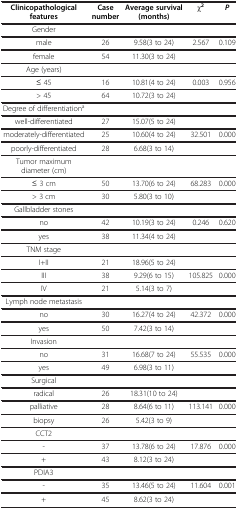
<table><thead><tr><td><b>Clinicopathological features</b></td><td><b>Case number</b></td><td><b>Average survival (months)</b></td><td><b>χ<sup>2</sup></b></td><td><b><i>P</i></b></td></tr></thead><tbody><tr><td>Gender</td><td> </td><td> </td><td> </td><td> </td></tr><tr><td>male</td><td>26</td><td>9.58(3 to 24)</td><td>2.567</td><td>0.109</td></tr><tr><td>female</td><td>54</td><td>11.30(3 to 24)</td><td> </td><td> </td></tr><tr><td>Age (years)</td><td> </td><td> </td><td> </td><td> </td></tr><tr><td>≤ 45</td><td>16</td><td>10.81(4 to 24)</td><td>0.003</td><td>0.956</td></tr><tr><td>&gt; 45</td><td>64</td><td>10.72(3 to 24)</td><td> </td><td> </td></tr><tr><td>Degree of differentiation<sup>a</sup></td><td> </td><td> </td><td> </td><td> </td></tr><tr><td>well-differentiated</td><td>27</td><td>15.07(5 to 24)</td><td> </td><td> </td></tr><tr><td>moderately-differentiated</td><td>25</td><td>10.60(4 to 24)</td><td>32.501</td><td>0.000</td></tr><tr><td>poorly-differentiated</td><td>28</td><td>6.68(3 to 14)</td><td> </td><td> </td></tr><tr><td>Tumor maximum diameter (cm)</td><td> </td><td> </td><td> </td><td> </td></tr><tr><td>≤ 3 cm</td><td>50</td><td>13.70(6 to 24)</td><td>68.283</td><td>0.000</td></tr><tr><td>&gt; 3 cm</td><td>30</td><td>5.80(3 to 10)</td><td> </td><td> </td></tr><tr><td>Gallbladder stones</td><td> </td><td> </td><td> </td><td> </td></tr><tr><td>no</td><td>42</td><td>10.19(3 to 24)</td><td>0.246</td><td>0.620</td></tr><tr><td>yes</td><td>38</td><td>11.34(4 to 24)</td><td> </td><td> </td></tr><tr><td>TNM stage</td><td> </td><td> </td><td> </td><td> </td></tr><tr><td>I+II</td><td>21</td><td>18.96(5 to 24)</td><td> </td><td> </td></tr><tr><td>III</td><td>38</td><td>9.29(6 to 15)</td><td>105.825</td><td>0.000</td></tr><tr><td>IV</td><td>21</td><td>5.14(3 to 7)</td><td> </td><td> </td></tr><tr><td>Lymph node metastasis</td><td> </td><td> </td><td> </td><td> </td></tr><tr><td>no</td><td>30</td><td>16.27(4 to 24)</td><td>42.372</td><td>0.000</td></tr><tr><td>yes</td><td>50</td><td>7.42(3 to 14)</td><td> </td><td> </td></tr><tr><td>Invasion</td><td> </td><td> </td><td> </td><td> </td></tr><tr><td>no</td><td>31</td><td>16.68(7 to 24)</td><td>55.535</td><td>0.000</td></tr><tr><td>yes</td><td>49</td><td>6.98(3 to 11)</td><td> </td><td> </td></tr><tr><td>Surgical</td><td> </td><td> </td><td> </td><td> </td></tr><tr><td>radical</td><td>26</td><td>18.31(10 to 24)</td><td> </td><td> </td></tr><tr><td>palliative</td><td>28</td><td>8.64(6 to 11)</td><td>113.141</td><td>0.000</td></tr><tr><td>biopsy</td><td>26</td><td>5.42(3 to 9)</td><td> </td><td> </td></tr><tr><td>CCT2</td><td> </td><td> </td><td> </td><td> </td></tr><tr><td>-</td><td>37</td><td>13.78(6 to 24)</td><td>17.876</td><td>0.000</td></tr><tr><td>+</td><td>43</td><td>8.12(3 to 24)</td><td> </td><td> </td></tr><tr><td>PDIA3</td><td> </td><td> </td><td> </td><td> </td></tr><tr><td>-</td><td>35</td><td>13.46(5 to 24)</td><td>11.604</td><td>0.001</td></tr><tr><td>+</td><td>45</td><td>8.62(3 to 24)</td><td> </td><td> </td></tr></tbody></table>